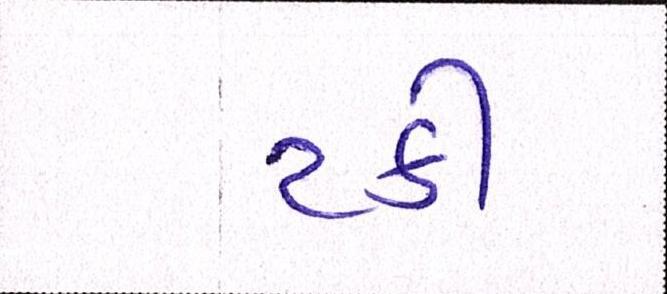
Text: ટકી